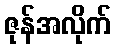
ဇုန်အလိုက်